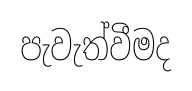
පැවැත්වීමද